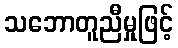
သဘောတူညီမှုဖြင့်